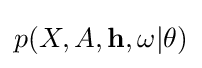
p(X,A,{\textbf {h}},\omega |\theta )